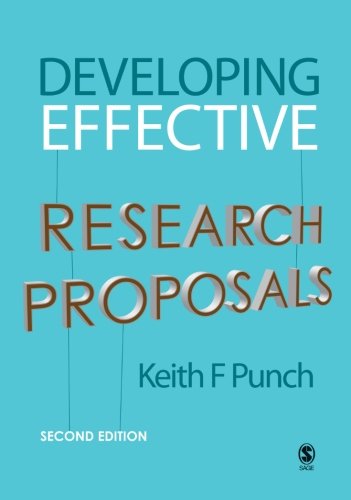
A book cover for Developing Effective Research Proposals; Keith F Punch; Politics & Social Sciences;